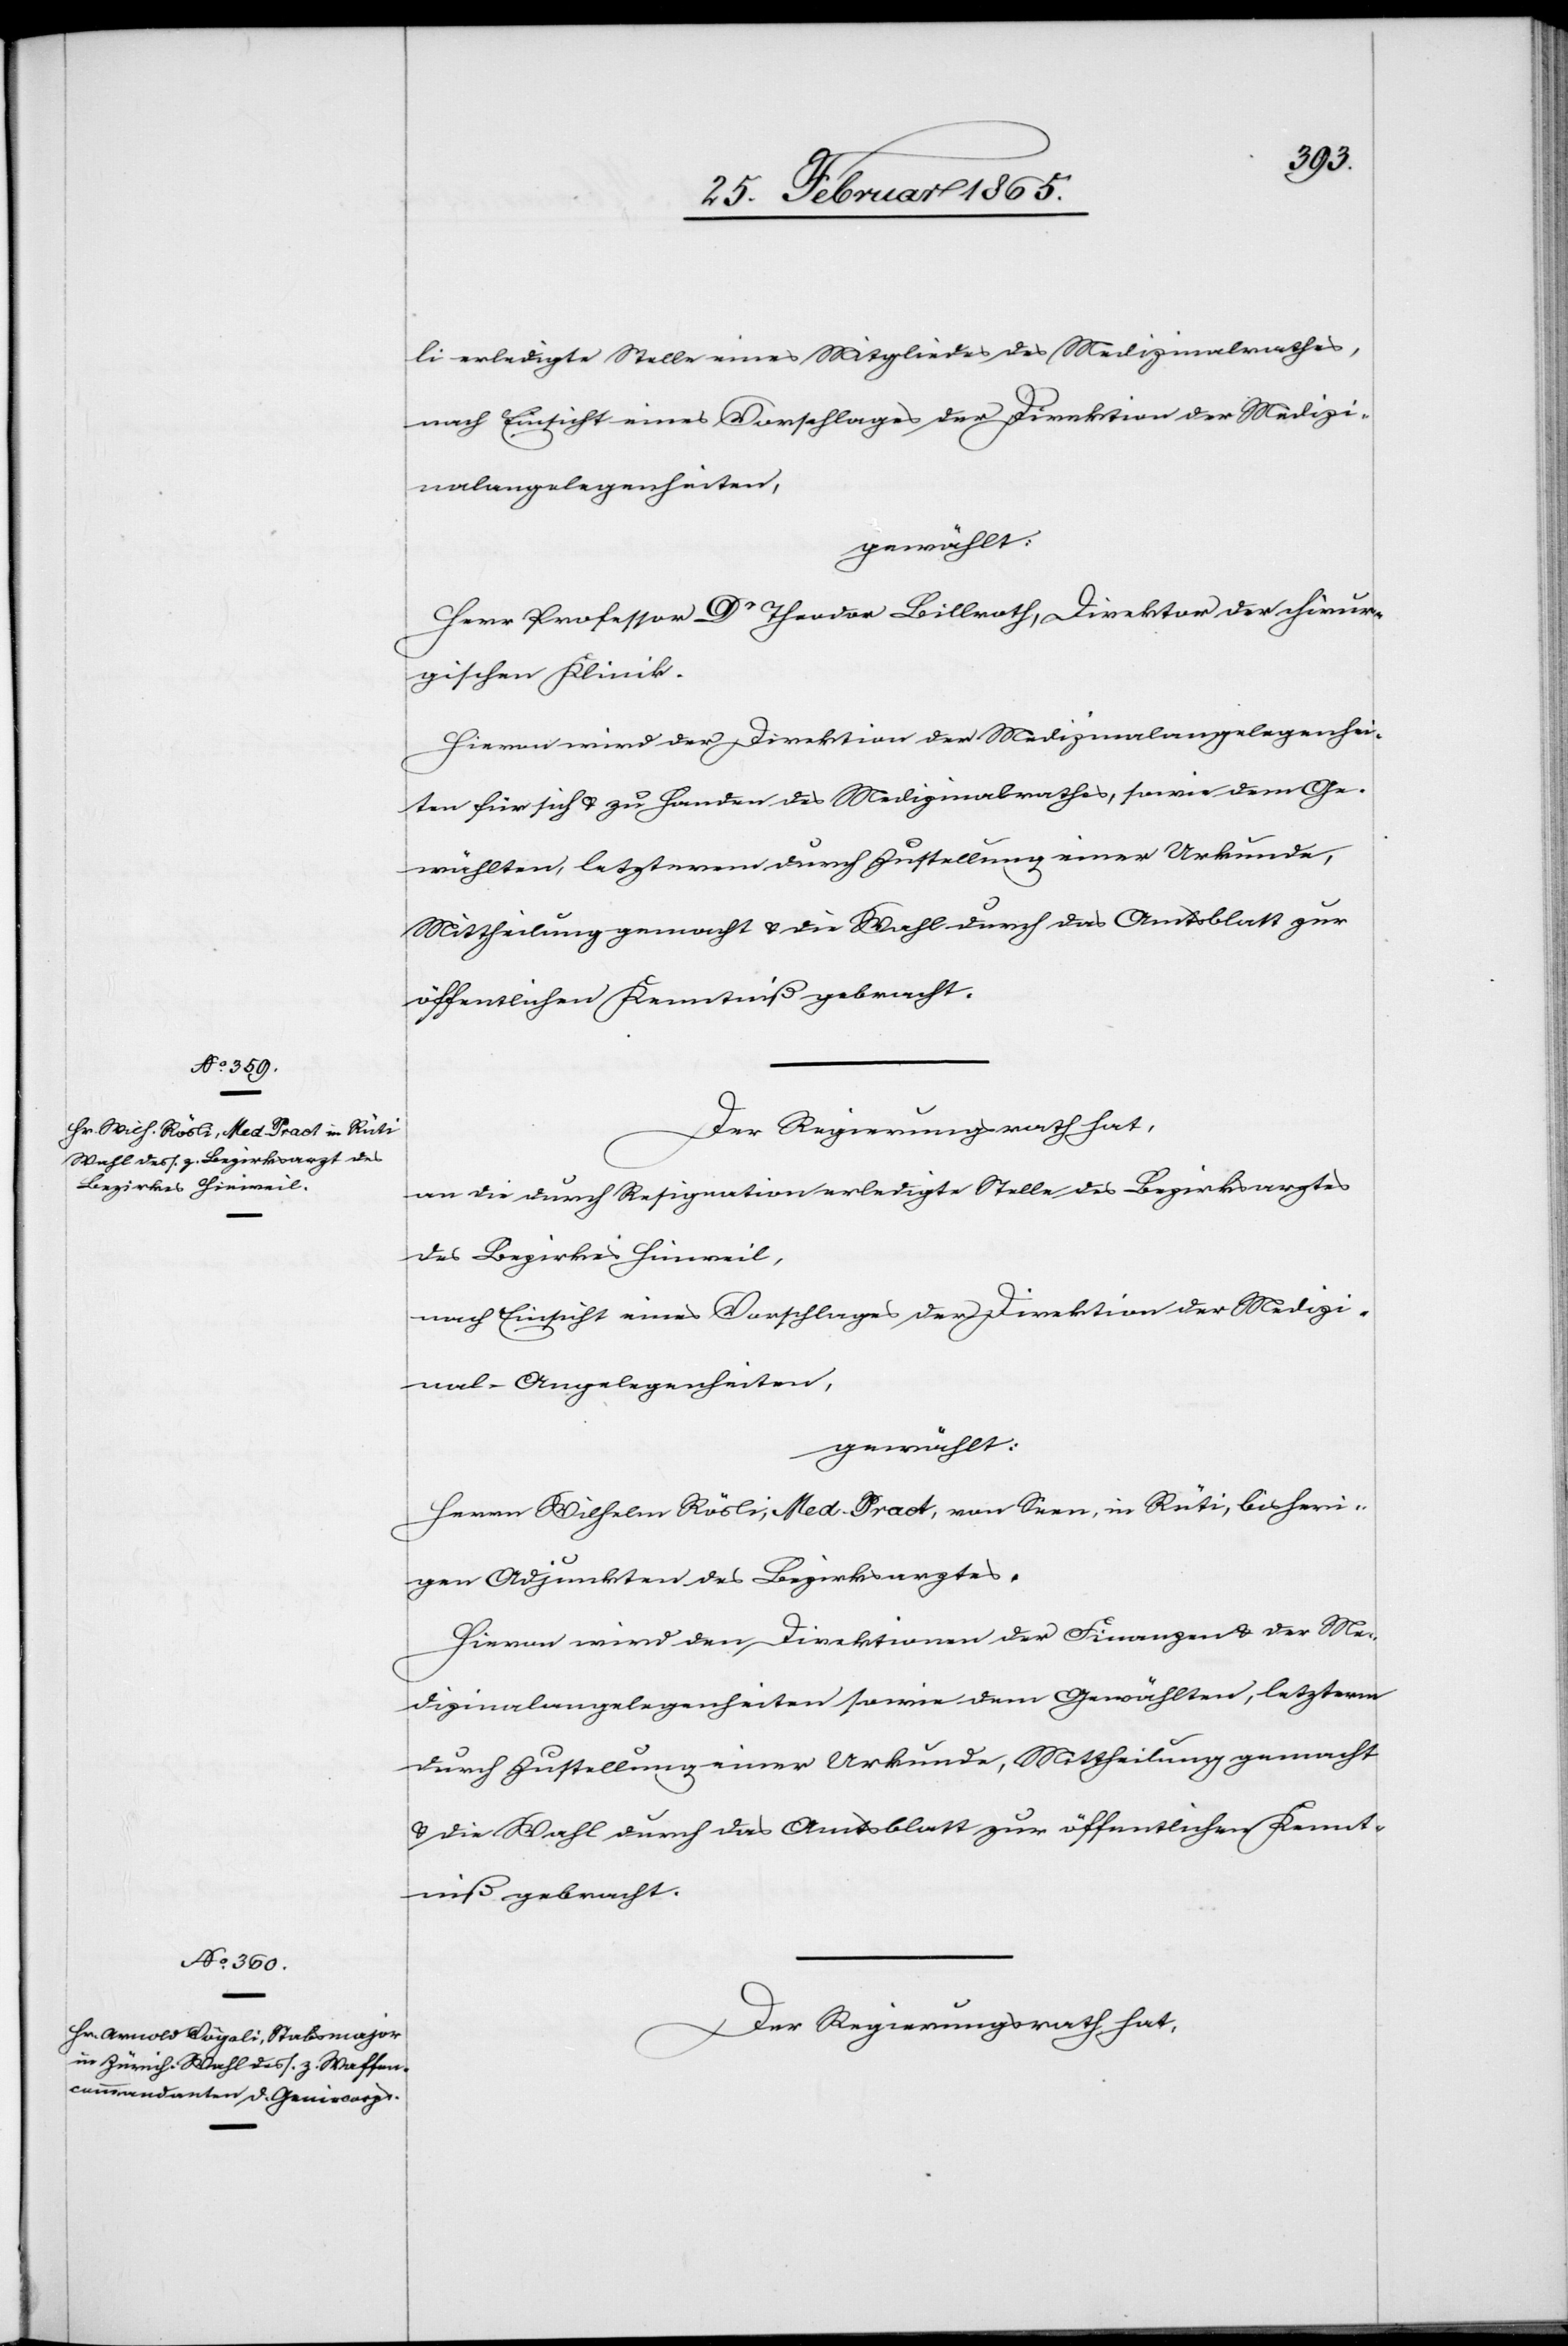
li erledigte Stelle eines Mitgliedes des Medizinalrathes,
nach Einsicht eines Vorschlages der Direktion der Medizi¬
nalangelegenheiten,
gewählt:
Herr Professor Dr Theodor Billroth, Direktor der chirur¬
gischen Klinik.
Hievon wird der Direktion der Medizinalangelegenhei¬
ten für sich u. zu Handen des Medizinalrathes, sowie dem Ge¬
wählten, letzterem durch Zustellung einer Urkunde,
Mittheilung gemacht u. die Wahl durch das Amtsblatt zur
öffentlichen Kenntniß gebracht.
Der Regierungsrath hat,
an die durch Resignation erledigte Stelle des Bezirksarztes
des Bezirkes Hinweil,
nach Einsicht eines Vorschlages der Direktion der Medizi¬
nal-Angelegenheiten,
gewählt:
Herrn Wilhelm Rösli, Med. Pract, von Seen, in Rüti, bisheri¬
gen Adjunkten des Bezirksarztes.
Hievon wird den Direktionen der Finanzen u. der Me¬
dizinalangelegenheiten sowie dem Gewählten, letzterm
durch Zustellung einer Urkunde, Mittheilung gemacht
u. die Wahl durch das Amtsblatt zur öffentlichen Kennt¬
niß gebracht.
Der Regierungsrath hat,